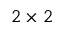
2 \times 2